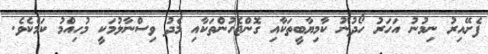
ފެށޭއިރު ނިމުނު އަހަރު ހޯދުނު ކާމިޔާބީތަކާއި ގޮންޖެހުންތަކާއި މެދު ވިސްނާލުމަކީ މުހިއްމު ކަމެކެވެ.